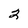
Character: 2